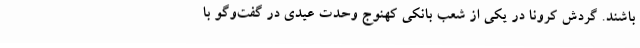
باشند. گردش کرونا در یکی از شعب بانکی کهنوج وحدت عیدی در گفت‌وگو با